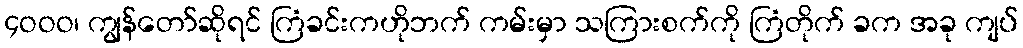
၄ဝဝဝ၊ ကျွန်တော်ဆိုရင် ကြံခင်းကဟိုဘက် ကမ်းမှာ သကြားစက်ကို ကြံတိုက် ခက အခု ကျပ်